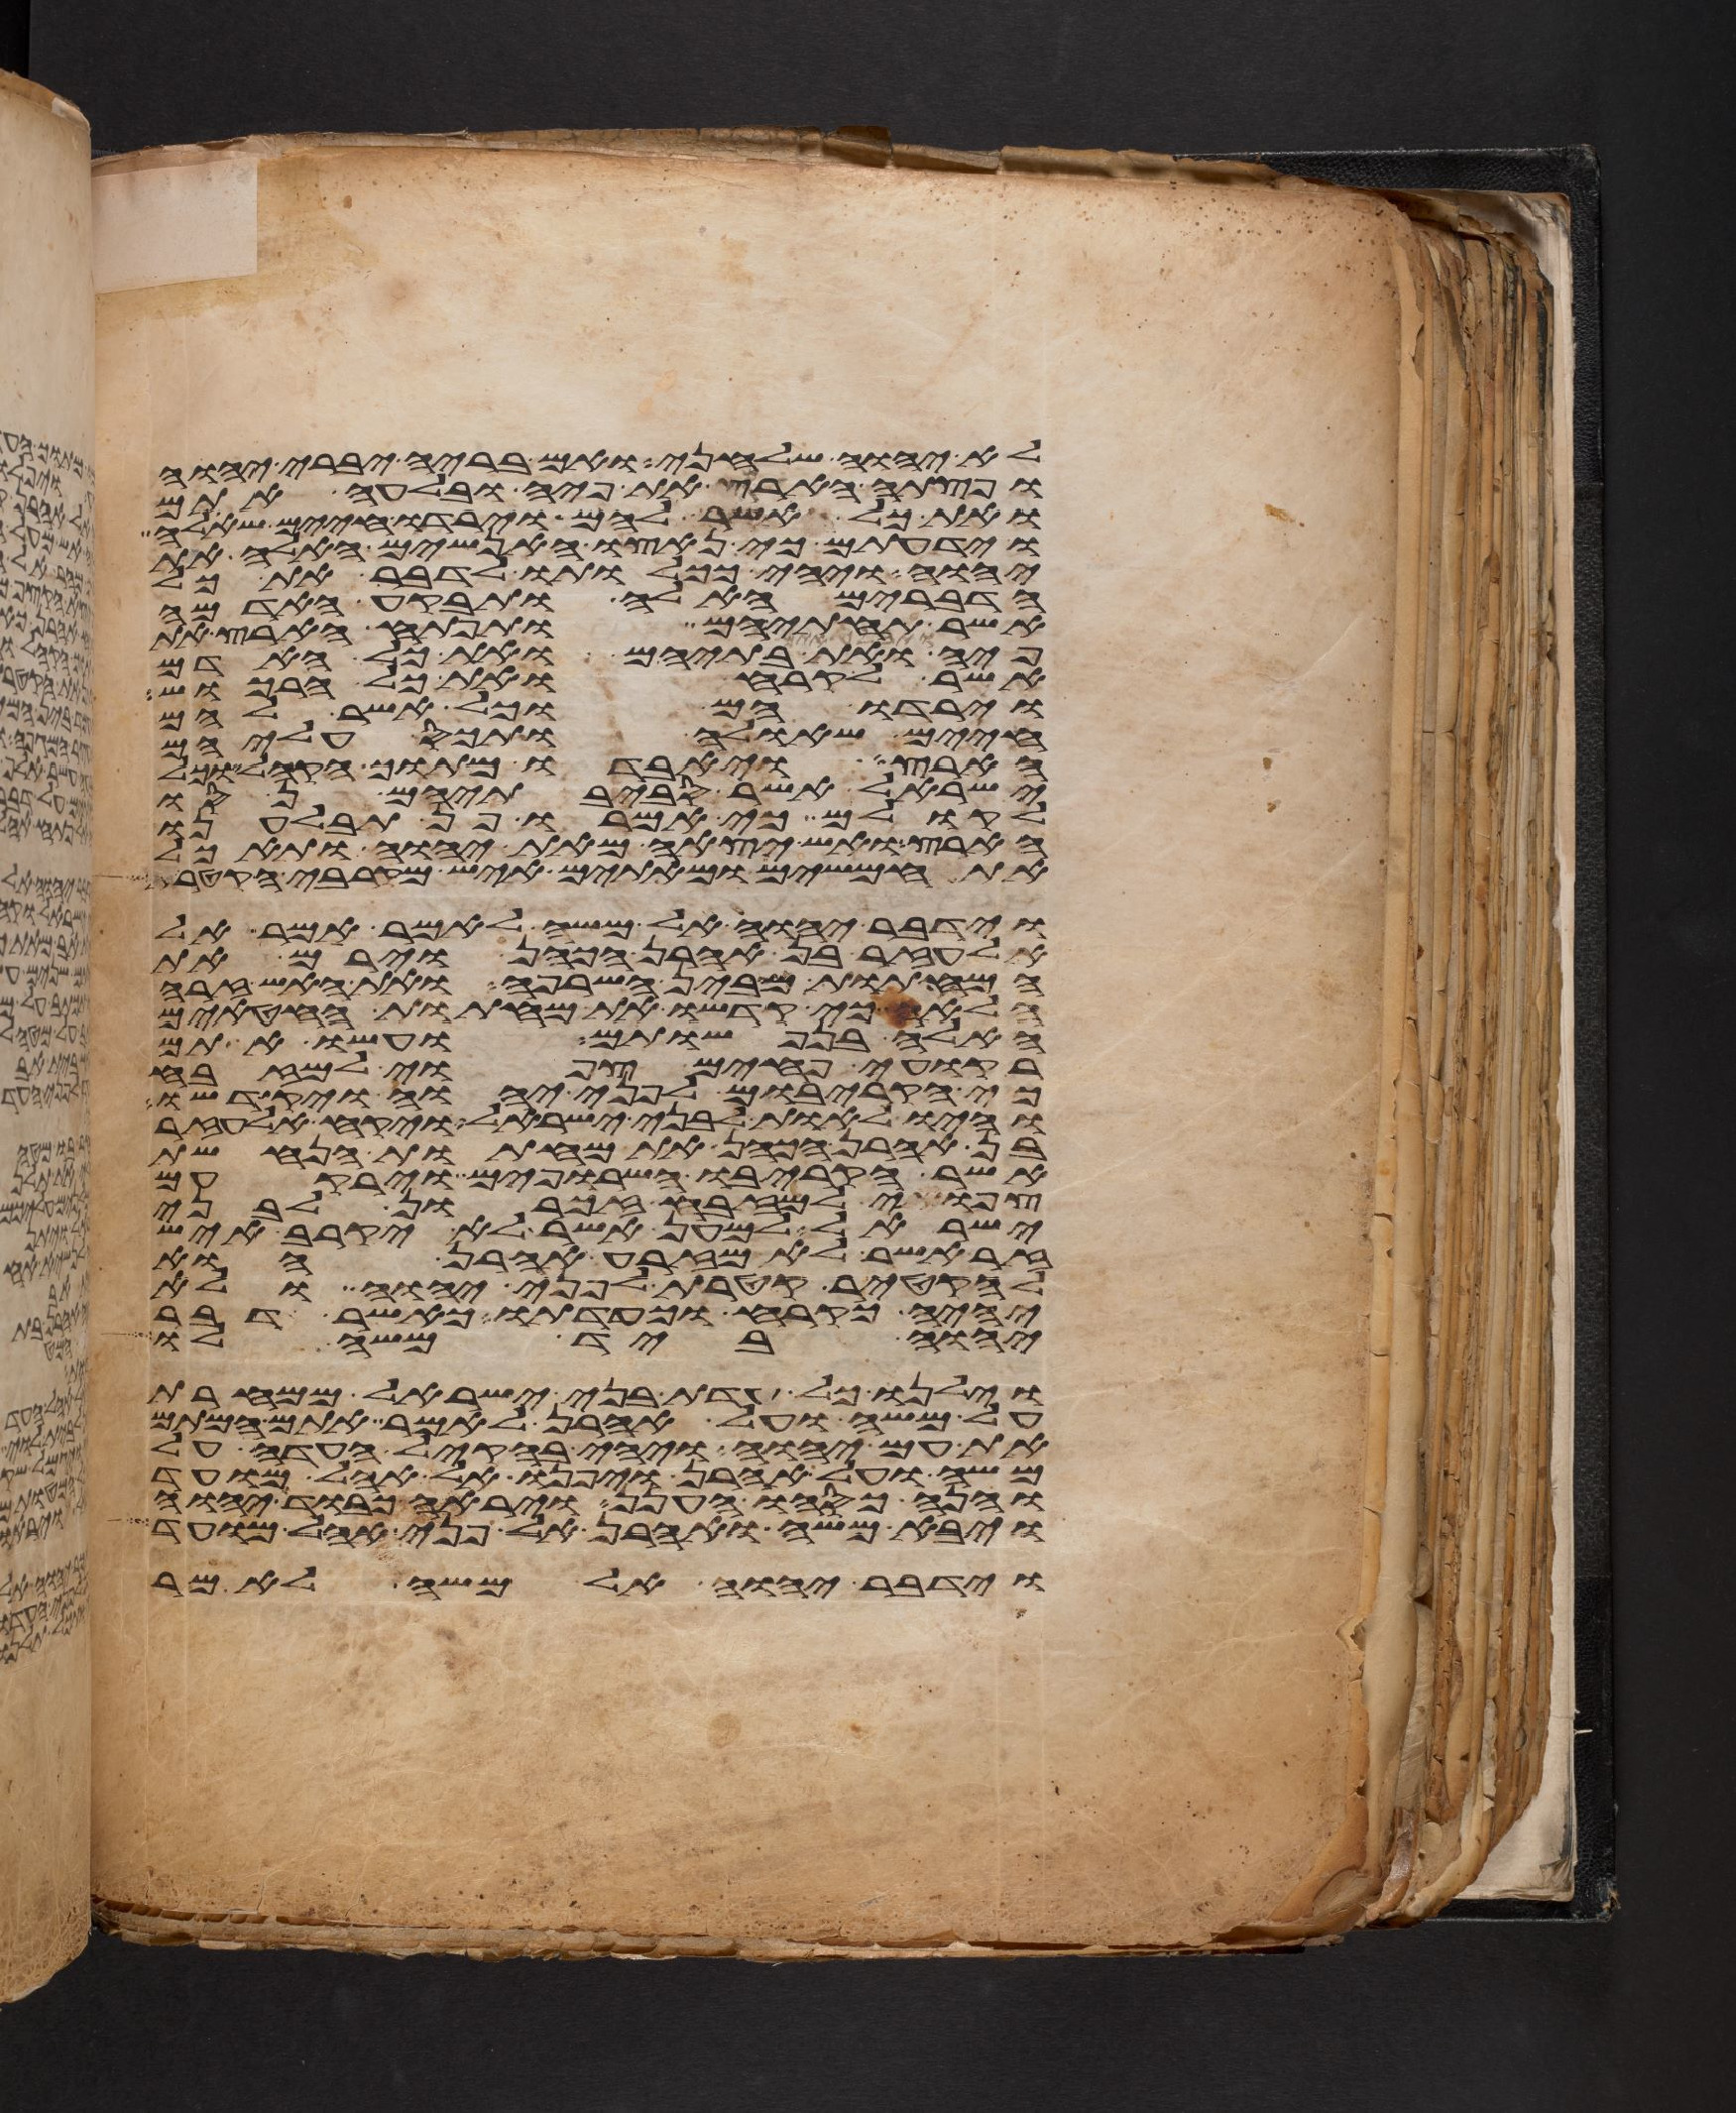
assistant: לא יהוה שלחני ואם בריה יברא יהוה
ופצתה האדמה את פיה ובלעה אתם
ואת כל אשר להם וירדו חיים שאלה
וידעתם כי נאצו האנשים האלה את
יהוה ויהי ככלותו לדבר את כל
הדברים האלה ותבקע האדמה
אשר תחתיהם ותפתח הארץ את
ואת בתיהם ואת כל האדם
אשר לקרח ואת כל הרכוש
וירדו הם וכל אשר להם
חיים שאלה ותכס עליהם
הארץ ויאבדו מתוך הקהל וכל
ישראל אשר סביבתיהם נסו
לקולם כי אמרו פן תבלענו
הארץ ואש יצאה מאת יהוה ותאכל
את חמשים ומאתים איש מקרבי הקטרת
וידבר יהוה אל משה לאמר אמר אל
אלעזר בן אהרן הכהן וירם את
המחתות מבין השרפה ואת האש זרה
הלאה כי קדשו את מחתות החטאים
האלה בנפשותם ועשו אתם
רקועי פחים צפואי למזבח
כי הקריבום לפני יהוה ויקדשו
והיו לאות לבני ישראל ויקח אלעזר
בן אהרן הכהן את מחתות הנחשת
אשר הקריבו השרופים וירקעום
צפואי למזבח זכרון לבני
ישראל למען אשר לא יקרב איש
זר אשר לא מזרע אהרן הוא
להקטיר קטרת לפני יהוה ולא
יהיה כקרח וכעדתו כאשר דבר
יהוה ביד משה לו
וילנו כל עדת בני ישראל ממחרת
על משה ועל אהרן לאמר אתם המתם
את עם יהוה ויהי בהקהל העדה על
משה ועל אהרן ויפנו אל אהל מועד
והנה כסהו הענן ויראה כבוד יהוה
ויבא משה ואהרן אל פני אהל מועד
וידבר יהוה אל משה לאמר